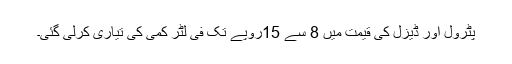
پٹرول اور ڈیزل کی قیمت میں 8 سے 15روپے تک فی لٹر کمی کی تیاری کرلی گئی۔